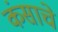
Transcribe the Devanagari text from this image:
कंसाचे